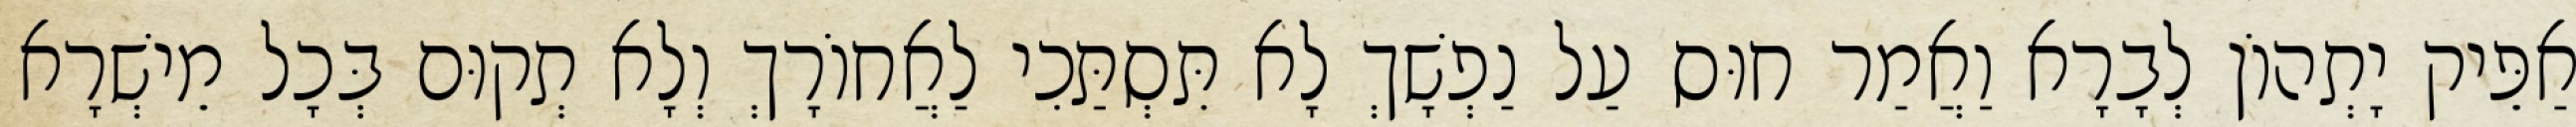
אַפֵּיק יָתְהוֹן לְבָרָא וַאֲמַר חוּס עַל נַפְשָׁךְ לָא תִּסְתַּכִי לַאֲחוֹרָךְ וְלָא תְקוּם בְּכָל מֵישְׁרָא